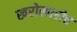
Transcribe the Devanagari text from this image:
खरोखारोच